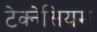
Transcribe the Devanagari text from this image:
टेक्नेसियम